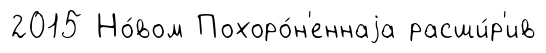
2015 Но́вом Похоро́н'еннаjа расши́р'ив